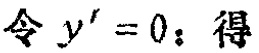
令 \(y' = 0\)；得